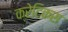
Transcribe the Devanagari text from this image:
क्रेटिकस